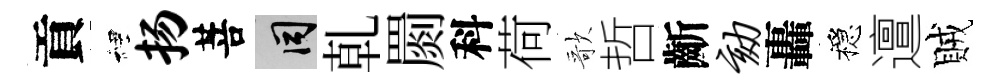
貢裡扬菩间乹罽科荷歌哲齗劾轟穩邅賊